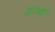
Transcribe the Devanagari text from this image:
डार्न